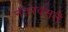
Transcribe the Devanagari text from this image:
नंतरवसले